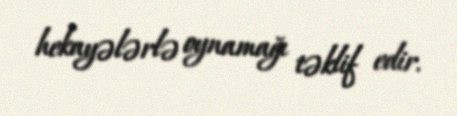
hekayələrlə oynamağı təklif edir.